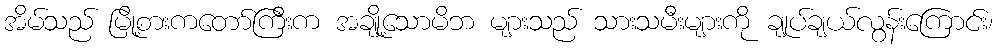
အိမ်သည် မြို့စားကတော်ကြီးက အချို့သောမိဘ များသည် သားသမီးများကို ချုပ်ချယ်လွန်းကြောင်း၊